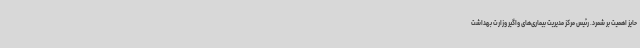
حایز اهمیت بر شمرد. رئیس مرکز مدیریت بیماری‌های واگیر وزارت بهداشت